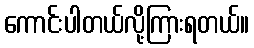
ကောင်းပါတယ်လို့ကြားရတယ်။